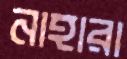
নাহারা